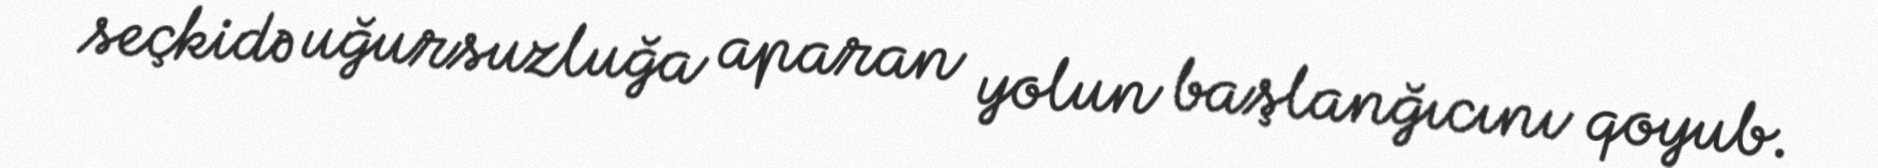
seçkidə uğursuzluğa aparan yolun başlanğıcını qoyub.